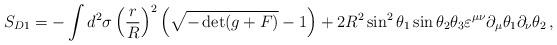
LaTeX: \begin{align*}S_{D1} = -\int d^2\sigma \left(\frac rR\right)^2\left(\sqrt{-\det( g + F )} - 1\right) + 2 R^2 \sin^2\theta_1 \sin\theta_2\theta_3 \varepsilon^{\mu\nu}\partial_\mu\theta_1 \partial_\nu \theta_2\,,\end{align*}